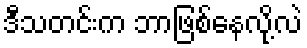
ဒီသတင်းက ဘာဖြစ်နေလို့လဲ